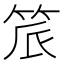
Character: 𬔾